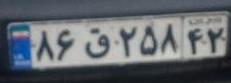
۸۶ق۲۵۸۴۲